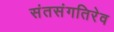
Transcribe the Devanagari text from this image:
संतसंगतिरेव